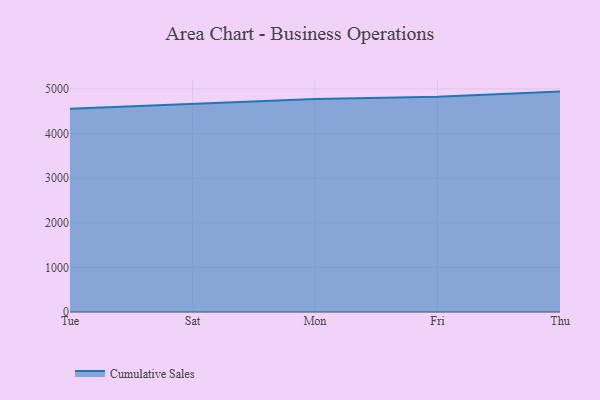
{"axis": {"x": "Day", "y": "Energy Usage (MWh)"}, "legend": ["Cumulative Sales"], "data": [{"x": "Tue", "y": 4555.3, "type": "Cumulative Sales"}, {"x": "Sat", "y": 4667.1, "type": "Cumulative Sales"}, {"x": "Mon", "y": 4772.8, "type": "Cumulative Sales"}, {"x": "Fri", "y": 4823.7, "type": "Cumulative Sales"}, {"x": "Thu", "y": 4938.3, "type": "Cumulative Sales"}]}